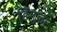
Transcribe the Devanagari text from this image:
हिंगुला